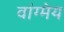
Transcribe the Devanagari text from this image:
वांग्मेय